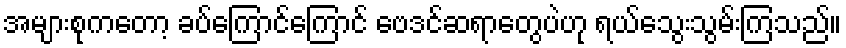
အများစုကတော့ ခပ်ကြောင်ကြောင် ဗေဒင်ဆရာတွေပဲဟု ရယ်သွေးသွမ်းကြသည်။